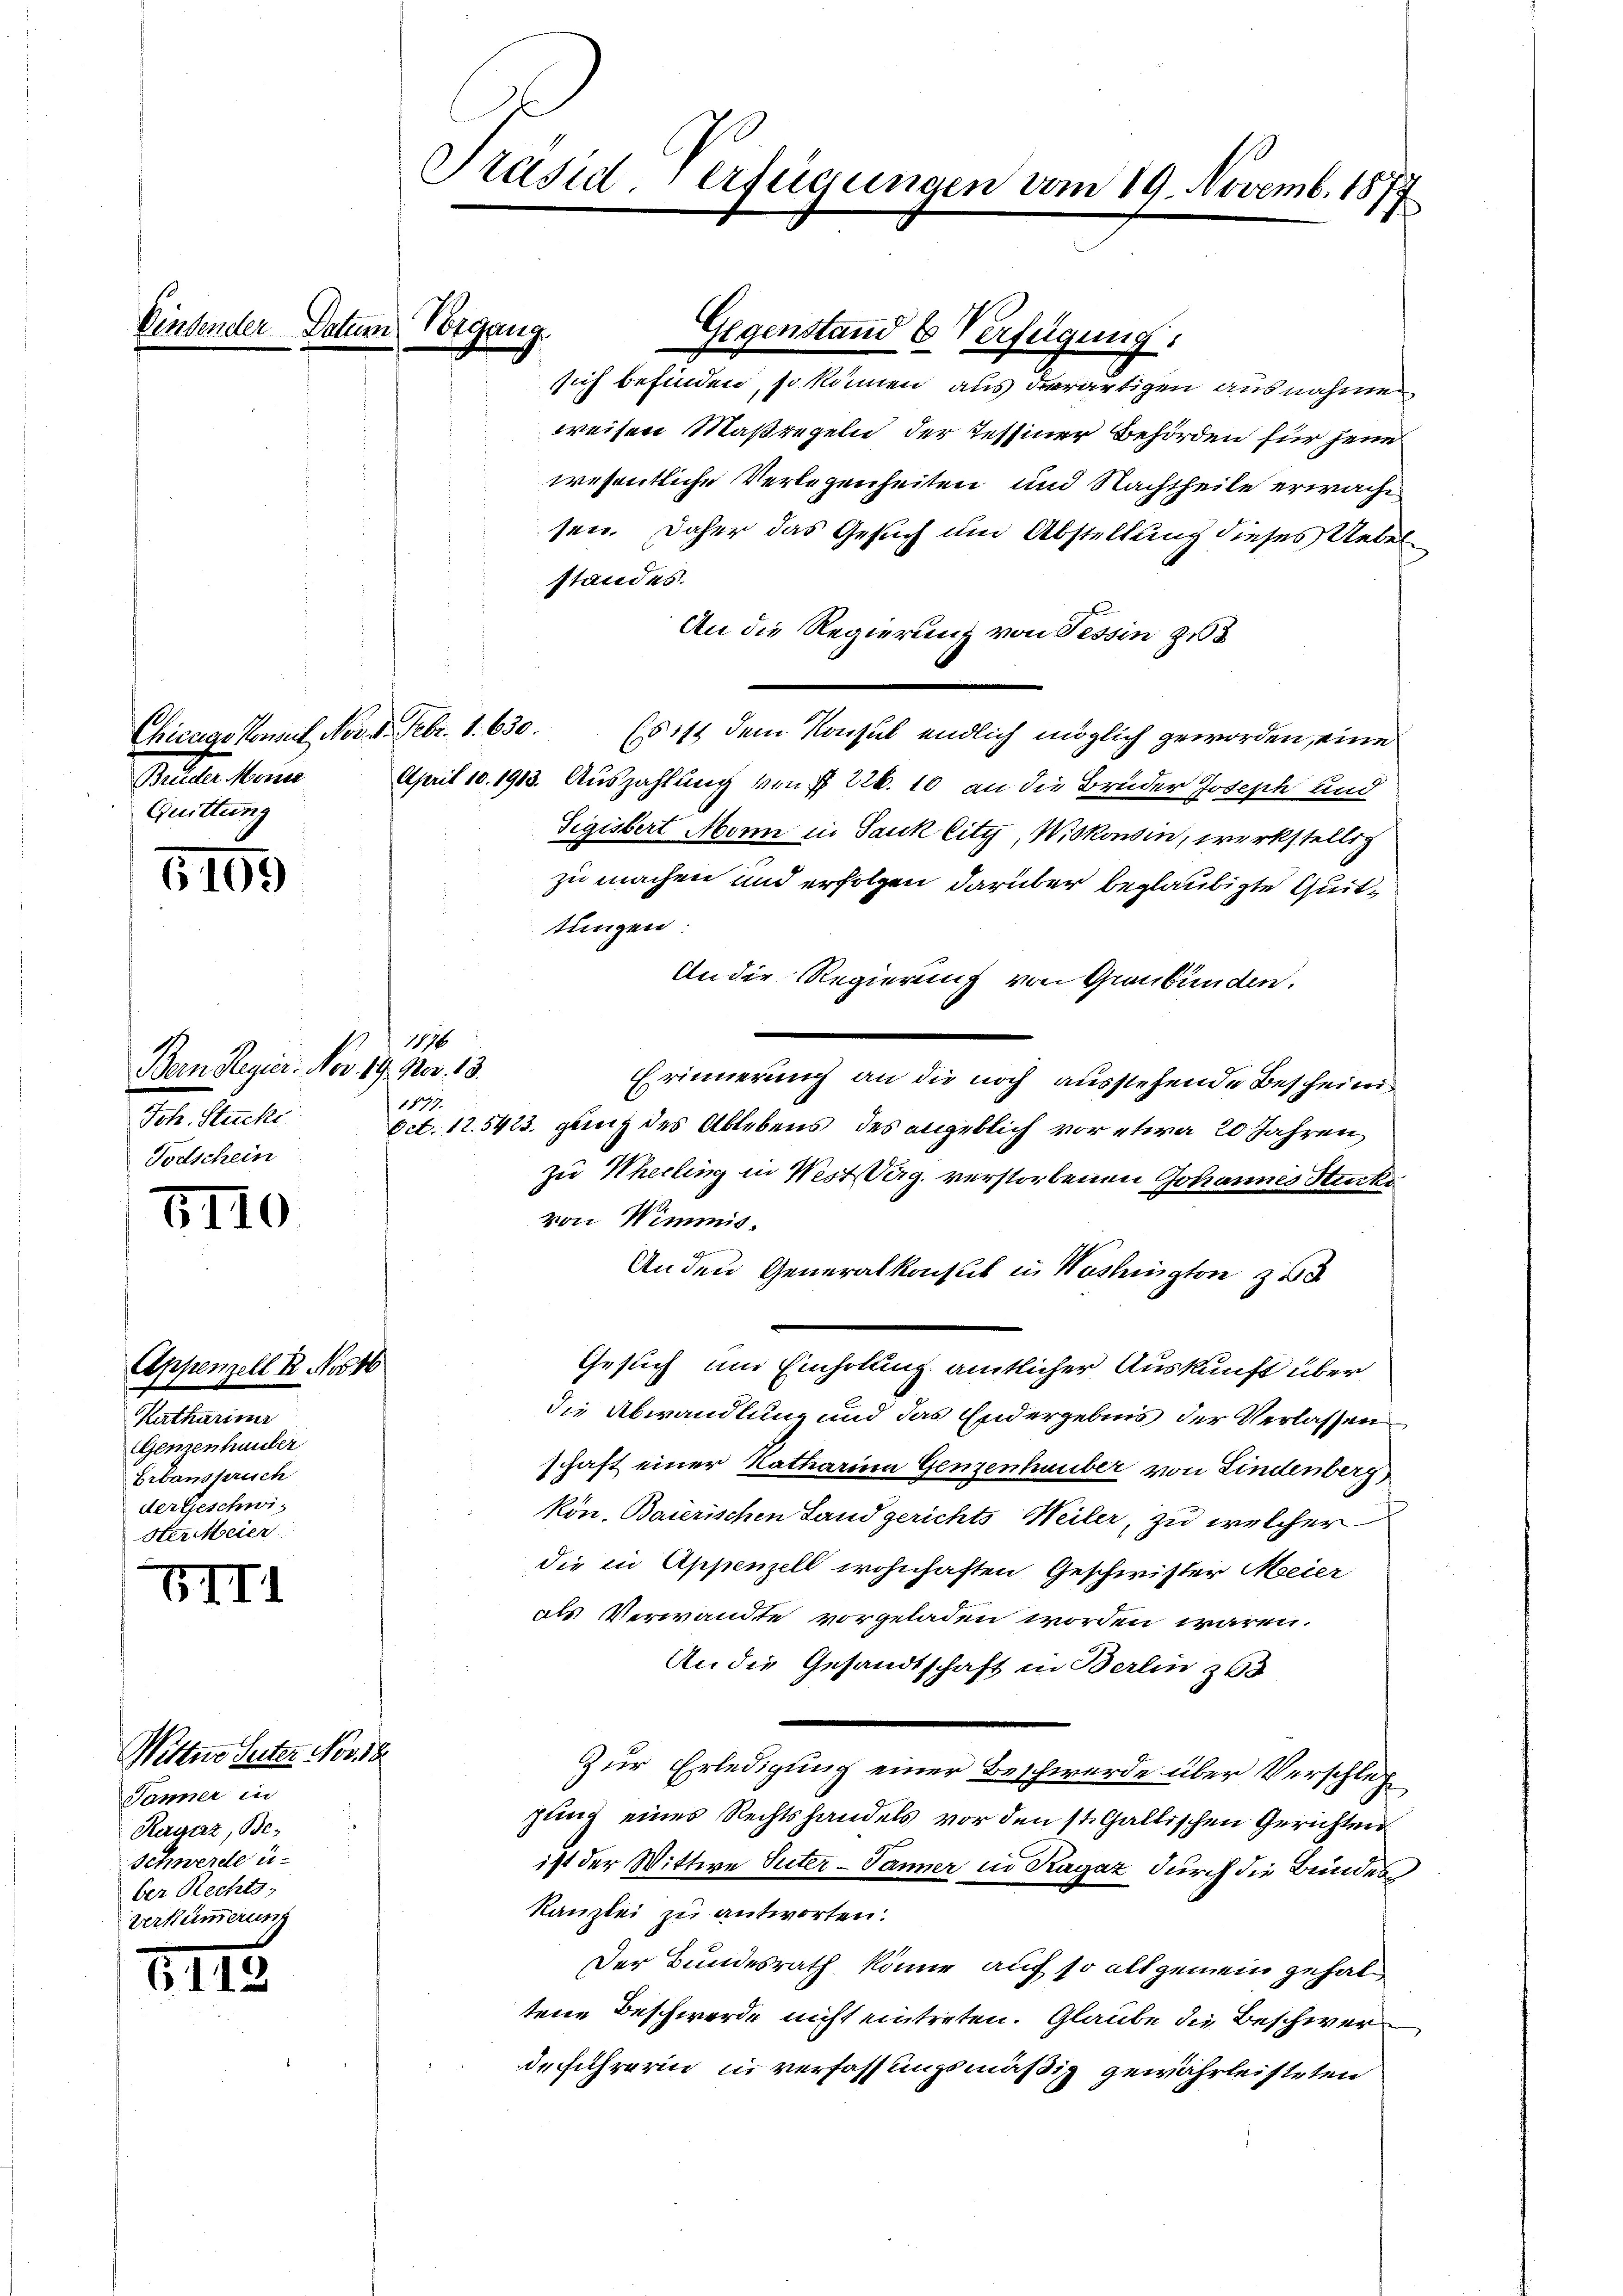
Chicago Konsul Nov. 8. Febr. 1. 630.
Peter keine
Quittung

6109

1176
Bern Regier. Nov. 19. Nov. 13.
18.
Joh. Stücke.
Todschein

6110

Appenzell B. No 16
Kathariner
Genzenhauber
Erbanspruch
der Geschwi¬
Ster Meier

VIII

1145

Einsender Datum Vorgang.

Wittwe Seiter Nov 18
Jänner in
Ragaz, Be¬
Schwerde u.
ber Rechts,
Verkümmerung

Präsid. erfügungen vom 19. Novemb. 1877

Gegenstand 6 Verfügung.

sich befinden, so können aus derartigen ausnahmen
weisen Maßregeln der Tessiner Behörden für jene
wesentliche Verlegenheiten und Nachtheile erwache
sen. Daher das Gesuch um Abstellung dieses Uebelstandes.
An die Regierung von Tessin 23
Es ist dem Konsul endlich möglich geworden, eine
April 10. 1913. Auszahlung von § 226. 10 an die Brüder Joseph und
Sigistert Monn in Sauk City, Witkonsen, werkstellig
zu machen und erfolgen darüber beglaubigte Quittungen.
An die Regierung von Graubünden.
Erinnerung an die noch ausstehende Bescheini¬
Oct. 12.5423, ganz des Ablebens des angeblich vor etwa 20 Jahren,
zu Theiling in Westberg verstorbenen Johannes Stück
von Wimmis.
An den Generalkonsul in Washingten zu
Gesuch um Einholung amtlicher Auskunft über
die Abwandlung und das Endergebnis der Verlassen
schaft einer Natharium Genzenhauber von Findenberg
kön. Baierischen Land gerichts Weiler, zu welcher
die in Appenzell wohnhaften Geschwister Meier
als Verwandte vorgeladen worden wären.
An die Gesandtschaft in Berlin 368
Zur Erledigung einer Beschwerde über Verschlep
jung eines Rechtshandels vor den st. Gallischen Gerichten
ist der Wittwe Suter-Panner in Ragaz durch die Bundes
Kanzlei zu antworten.
Der Bundesrath könne, auf so allgemein gehal
tene Beschwerde nicht eintreten. Glaube die Beschwerdeführerin in verfassungsmäßig gewährleisteten